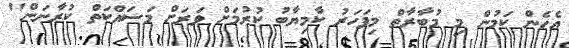
އެހެން ކަމުން މި މުބާރާތް މިފަހަރު ކާމިޔާބު ކުރުމަށް ވަރަށް މަސައްކަތް ކުރާނަން"